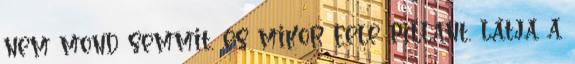
nem mond semmit, és mikor felé pillant, látja a